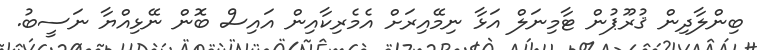
ބިންލާދިން ޤުރޫޕުން ޓާމިނަލް އަޅާ ނިމޭއިރަށް އެމެރިކާއިން އައިސް ބޮން ނޭޅިއްޔާ ނަސީބު.